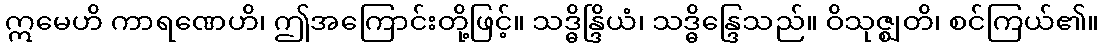
ဣမေဟိ ကာရဏေဟိ၊ ဤအကြောင်းတို့ဖြင့်။ သဒ္ဓိန္ဒြိယံ၊ သဒ္ဓိန္ဒြေသည်။ ဝိသုဇ္ဈတိ၊ စင်ကြယ်၏။